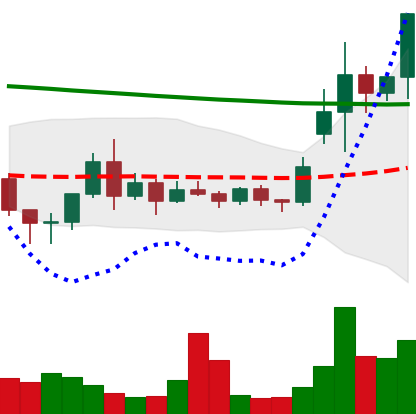
Ticker: ETC-USD
Chart end date: 2020-11-21
Forward return: -6.714%
Label: down_5_7